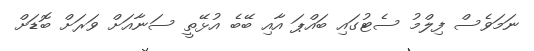
ނަމަވެސް ފިލްމު ސެޓުގައި ބައްޕަ އާއި ބޭބެ އުޅޭތީ ސަނާއަށް ވަރަށް ބޮޑަށް